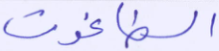
الطاغوت